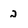
Character: 2